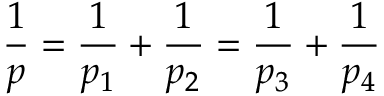
\frac { 1 } { p } = \frac { 1 } { p _ { 1 } } + \frac { 1 } { p _ { 2 } } = \frac { 1 } { p _ { 3 } } + \frac { 1 } { p _ { 4 } }